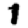
Digit: 1